Burma Government Medical School reports 1923-41
Year: 1923
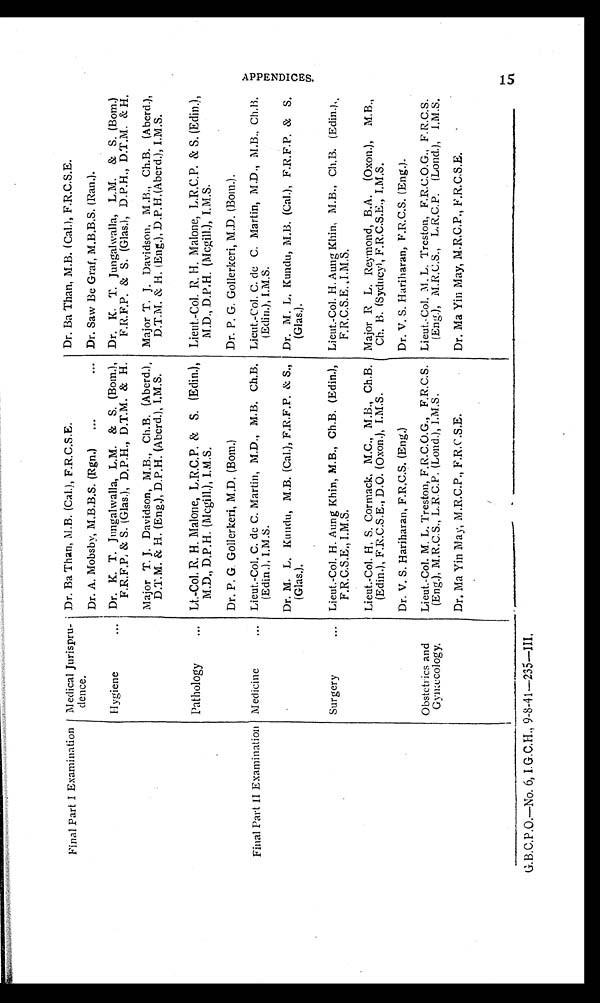
Final Part I Examination Medical Jurispru-
dence.
Dr. Ba Than, M.B. (Cal.), F.R.C.S.E.
Dr. Ba Than, M.B. (Cal.), F.R.C.S.E.
Dr. A. Mobsby, M.B.B.S. (Rgn.)
Dr. Saw Be Graf, M.B.B.S. (Ran.).
Hygiene
Dr. K. T. Jungalwalla, L.M. & S. (Bom.),
F.R.F.P. & S. (Glas.), D.P.H., D.T.M. & H.
Dr. K. T. Jungalwalla, L.M. & S. (Bom.)
F.R.F.P. & S. (Glas.), D.P.H., D.T.M. & H.
Major T.J. Davidson, M.B., Ch.B. (Aberd.),
D.T.M. & H. (Eng.), D.P.H. (Aberd.), I.M.S.
Major T.J. Davidson, M.B., Ch.B. (Aberd.),
D.T.M. & H. (Eng.), D.P.H.(Aberd.), I.M.S.
Pathology
Lt.-Col. R.H. Malone, L.R.C.P. & S. (
Edin.),
M.D., D.P.H. (Mcgill.), I.M.S.
Lieut.-Col. R H. Malone, L.R.C.P. & S. (Edin.),
M.D., D.P.H. (Mcgill.), I.M.S.
Dr. P.G. Gollerkeri, M.D. (Bom.)
Dr. P.G. Gollerkeri, M.D. (Bom.).
Final Part II Examination Medicine
Lieut.-Col. C. de C. Martin, M.D., M.B. Ch.B.
(Edin.), I.M.S.
Lieut.-Col. C. de C. Martin, M.D., M.B., Ch.B.
(Edin), I.M.S.
Dr. M. L. Kundu, M.B. (Cal.), F.R.F.P. & S.,
(Glas.).
Dr. M. L. Kundu, M.B. (Cal.), F.R.F.P. & S.
(Glas.).
Surgery
Lieut.-Col. H. Aung Khin, M.B., Ch.B. (Edin.),
F.R.C.S.E., I.M.S.
Lieut.-Col. H. Aung Khin, M.B., Ch.B. (Edin.),
F.R.C.S.E., I.M.S.
Lieut.-Col. H, S. Cormack, M.C., M.B., Ch.B.
(Edin.), F.R.C.S.E., D.O. (Oxon.), I.M.S.
Major R L. Reymond, B.A. (Oxon.), M.B.,
Ch. B. (Sydney), F.R.C.S.E., I.M.S.
Dr. V. S. Hariharan, F.R.C.S. (Eng.)
Dr. V. S. Hariharan, F.R.C.S. (Eng.).
Obstetrics and
Gynæcology.
Lieut.-Col. M. L. Treston, F.R.C.O.G., F.R.C.S.
(Eng.), M.R.C.S., L.R.C.P. (Lond.), I.M.S.
Lieut.-Col. M.L. Treston, F.R.C.O.G., F.R.C.S.
(Eng.), M.R.C.S., L.R.C.P. (Lond.), I.M.S.
Dr, Ma Yin May, M.R.C.P., F.R.C.S.E.
Dr. Ma Yin May, M.R.C.P., F.R.C.S.E.
APPENDICES.
15
G.B.C.P.O.—No. 6, I.G.C.H., 9-8-41—235—III.